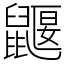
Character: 鼴